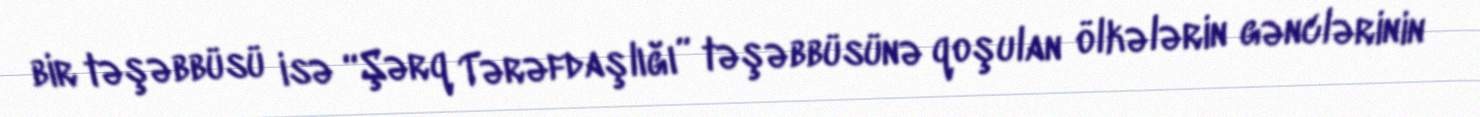
bir təşəbbüsü isə “Şərq Tərəfdaşlığı” təşəbbüsünə qoşulan ölkələrin gənclərinin